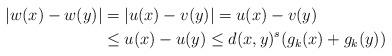
LaTeX: \begin{align*}|w(x)-w(y)|&=|u(x)-v(y)|=u(x)-v(y) \\&\leq u(x)-u(y) \leq d(x,y)^s(g_k(x)+g_k(y))\end{align*}